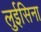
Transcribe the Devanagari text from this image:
लुईसिना